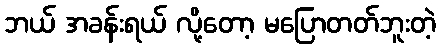
ဘယ် အခန်းရယ် လို့တော့ မပြောတတ်ဘူးတဲ့